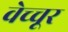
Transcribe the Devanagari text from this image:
वेच्चूर